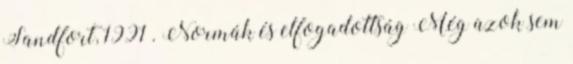
Sandfort, 1991 . Normák és elfogadottság Még azok sem